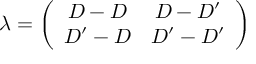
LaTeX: \lambda = \left( \begin{array} { c c } { { D - D } } & { { D - D ^ { \prime } } } \\ { { D ^ { \prime } - D } } & { { D ^ { \prime } - D ^ { \prime } } } \end{array} \right)